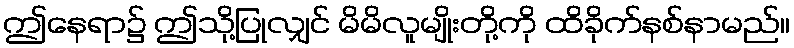
ဤနေရာ၌ ဤသို့ပြုလျှင် မိမိလူမျိုးတို့ကို ထိခိုက်နစ်နာမည်။